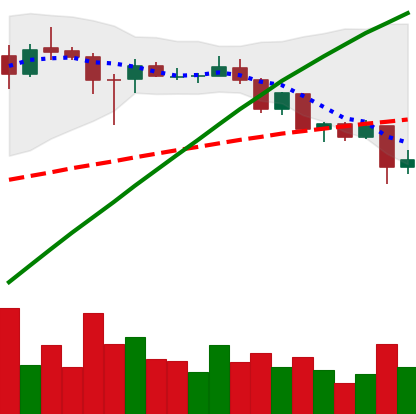
Ticker: ADA-USD
Chart end date: 2020-08-26
Forward return: 6.422%
Label: up_5_7